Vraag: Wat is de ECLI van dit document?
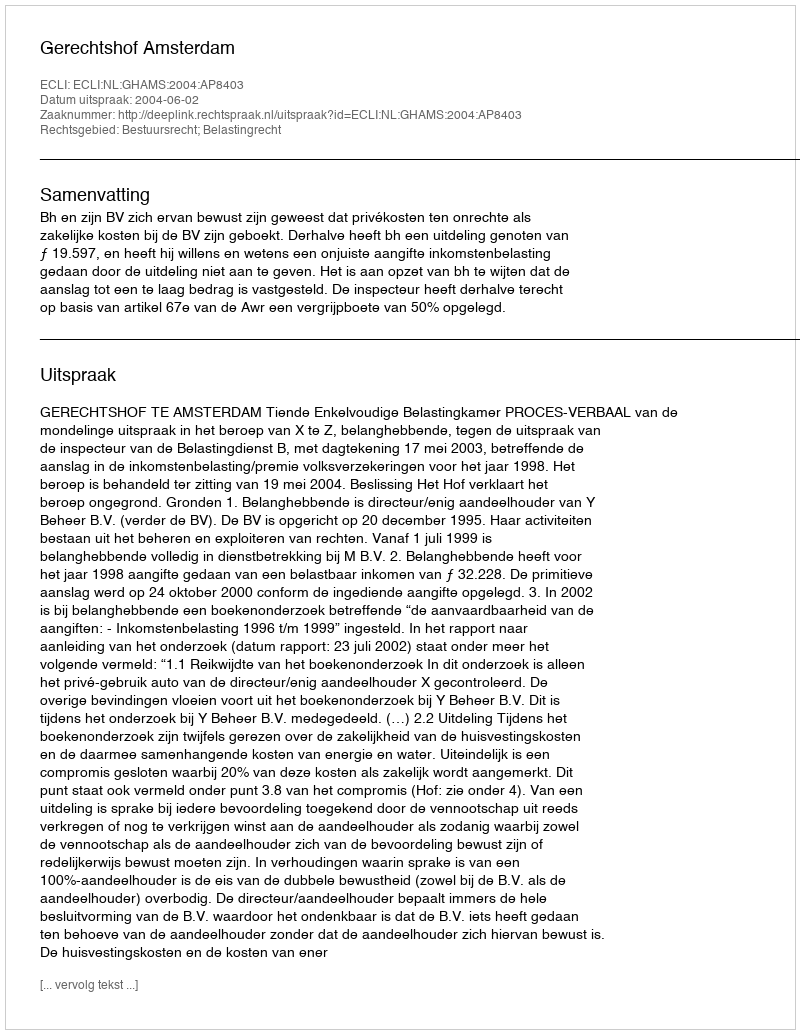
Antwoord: ECLI:NL:GHAMS:2004:AP8403